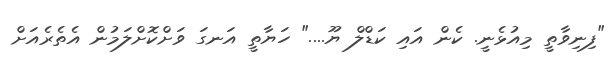
"ފިނިވާތީ މިއުޅެނީ. ކެން އައި ކަޑްލް ޔޫ...." ހަޔާތީ އަނގަ ވަށްކޮށްލަމުން އެތެރެއަށް